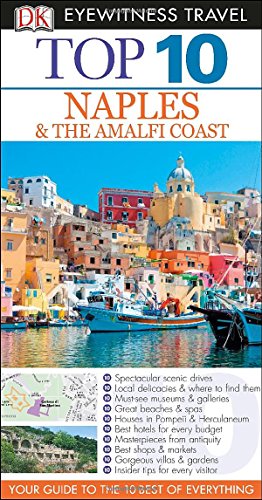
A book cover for Top 10 Naples & Amalfi Coast (Eyewitness Top 10 Travel Guide); Jeffrey Kennedy; Travel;